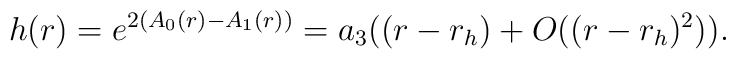
h(r) = e^{ 2 (A_0(r) - A_1(r))} = a_3( ( r - r_h) + O((r-r_h)^2) ).